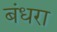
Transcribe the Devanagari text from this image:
बंधरा